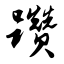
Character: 躜